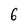
Character: 6